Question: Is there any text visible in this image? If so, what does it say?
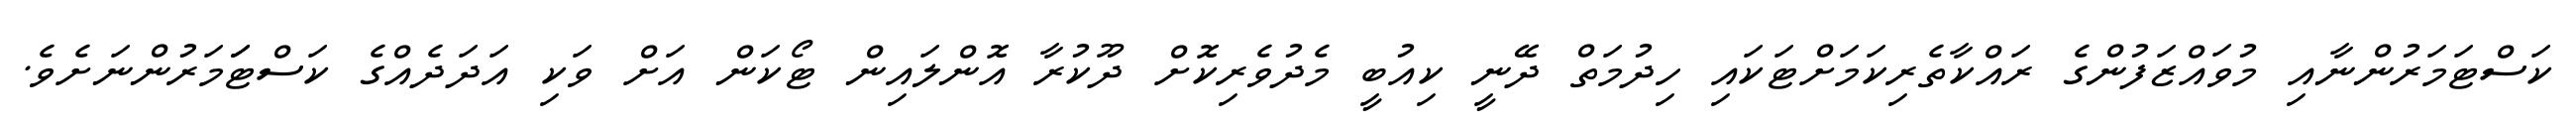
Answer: ކަސްޓަމަރުންނާއި މުވައްޒަފުންގެ ރައްކާތެރިކަމަށްޓަކައި ހިދުމަތް ދޭނީ ކިއުބީ މެދުވެރިކޮށް ދޫކުރާ އޮންލައިން ޓޯކަން އަށް ވަކި އަދަދެއްގެ ކަސްޓަަމަރުންނަށެވެ.